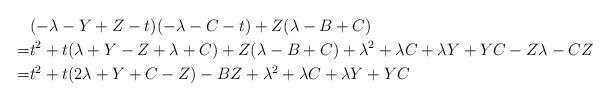
LaTeX: \begin{align*}& (-\lambda-Y+Z -t)(-\lambda-C-t)+Z(\lambda - B + C) \\=&t^2+t(\lambda+Y-Z+\lambda+C)+Z(\lambda - B+C)+\lambda^2+\lambda C+\lambda Y+YC-Z\lambda-CZ \\=&t^2 + t(2\lambda+Y+C-Z)-BZ+\lambda^2+\lambda C+\lambda Y+YC \end{align*}